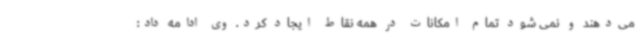
می‌دهند و نمی شود تمام امکانات در همه نقاط ایجاد کرد. وی ادامه داد: